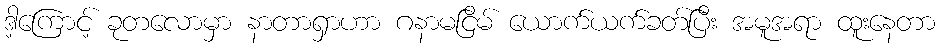
ဒါ့ကြောင့် ခုတလောမှာ နာတာရှာဟာ ဂနာမငြိမ် ယောက်ယက်ခတ်ပြီး အမူအရာ ထူးနေတာ